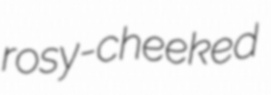
rosy-cheeked